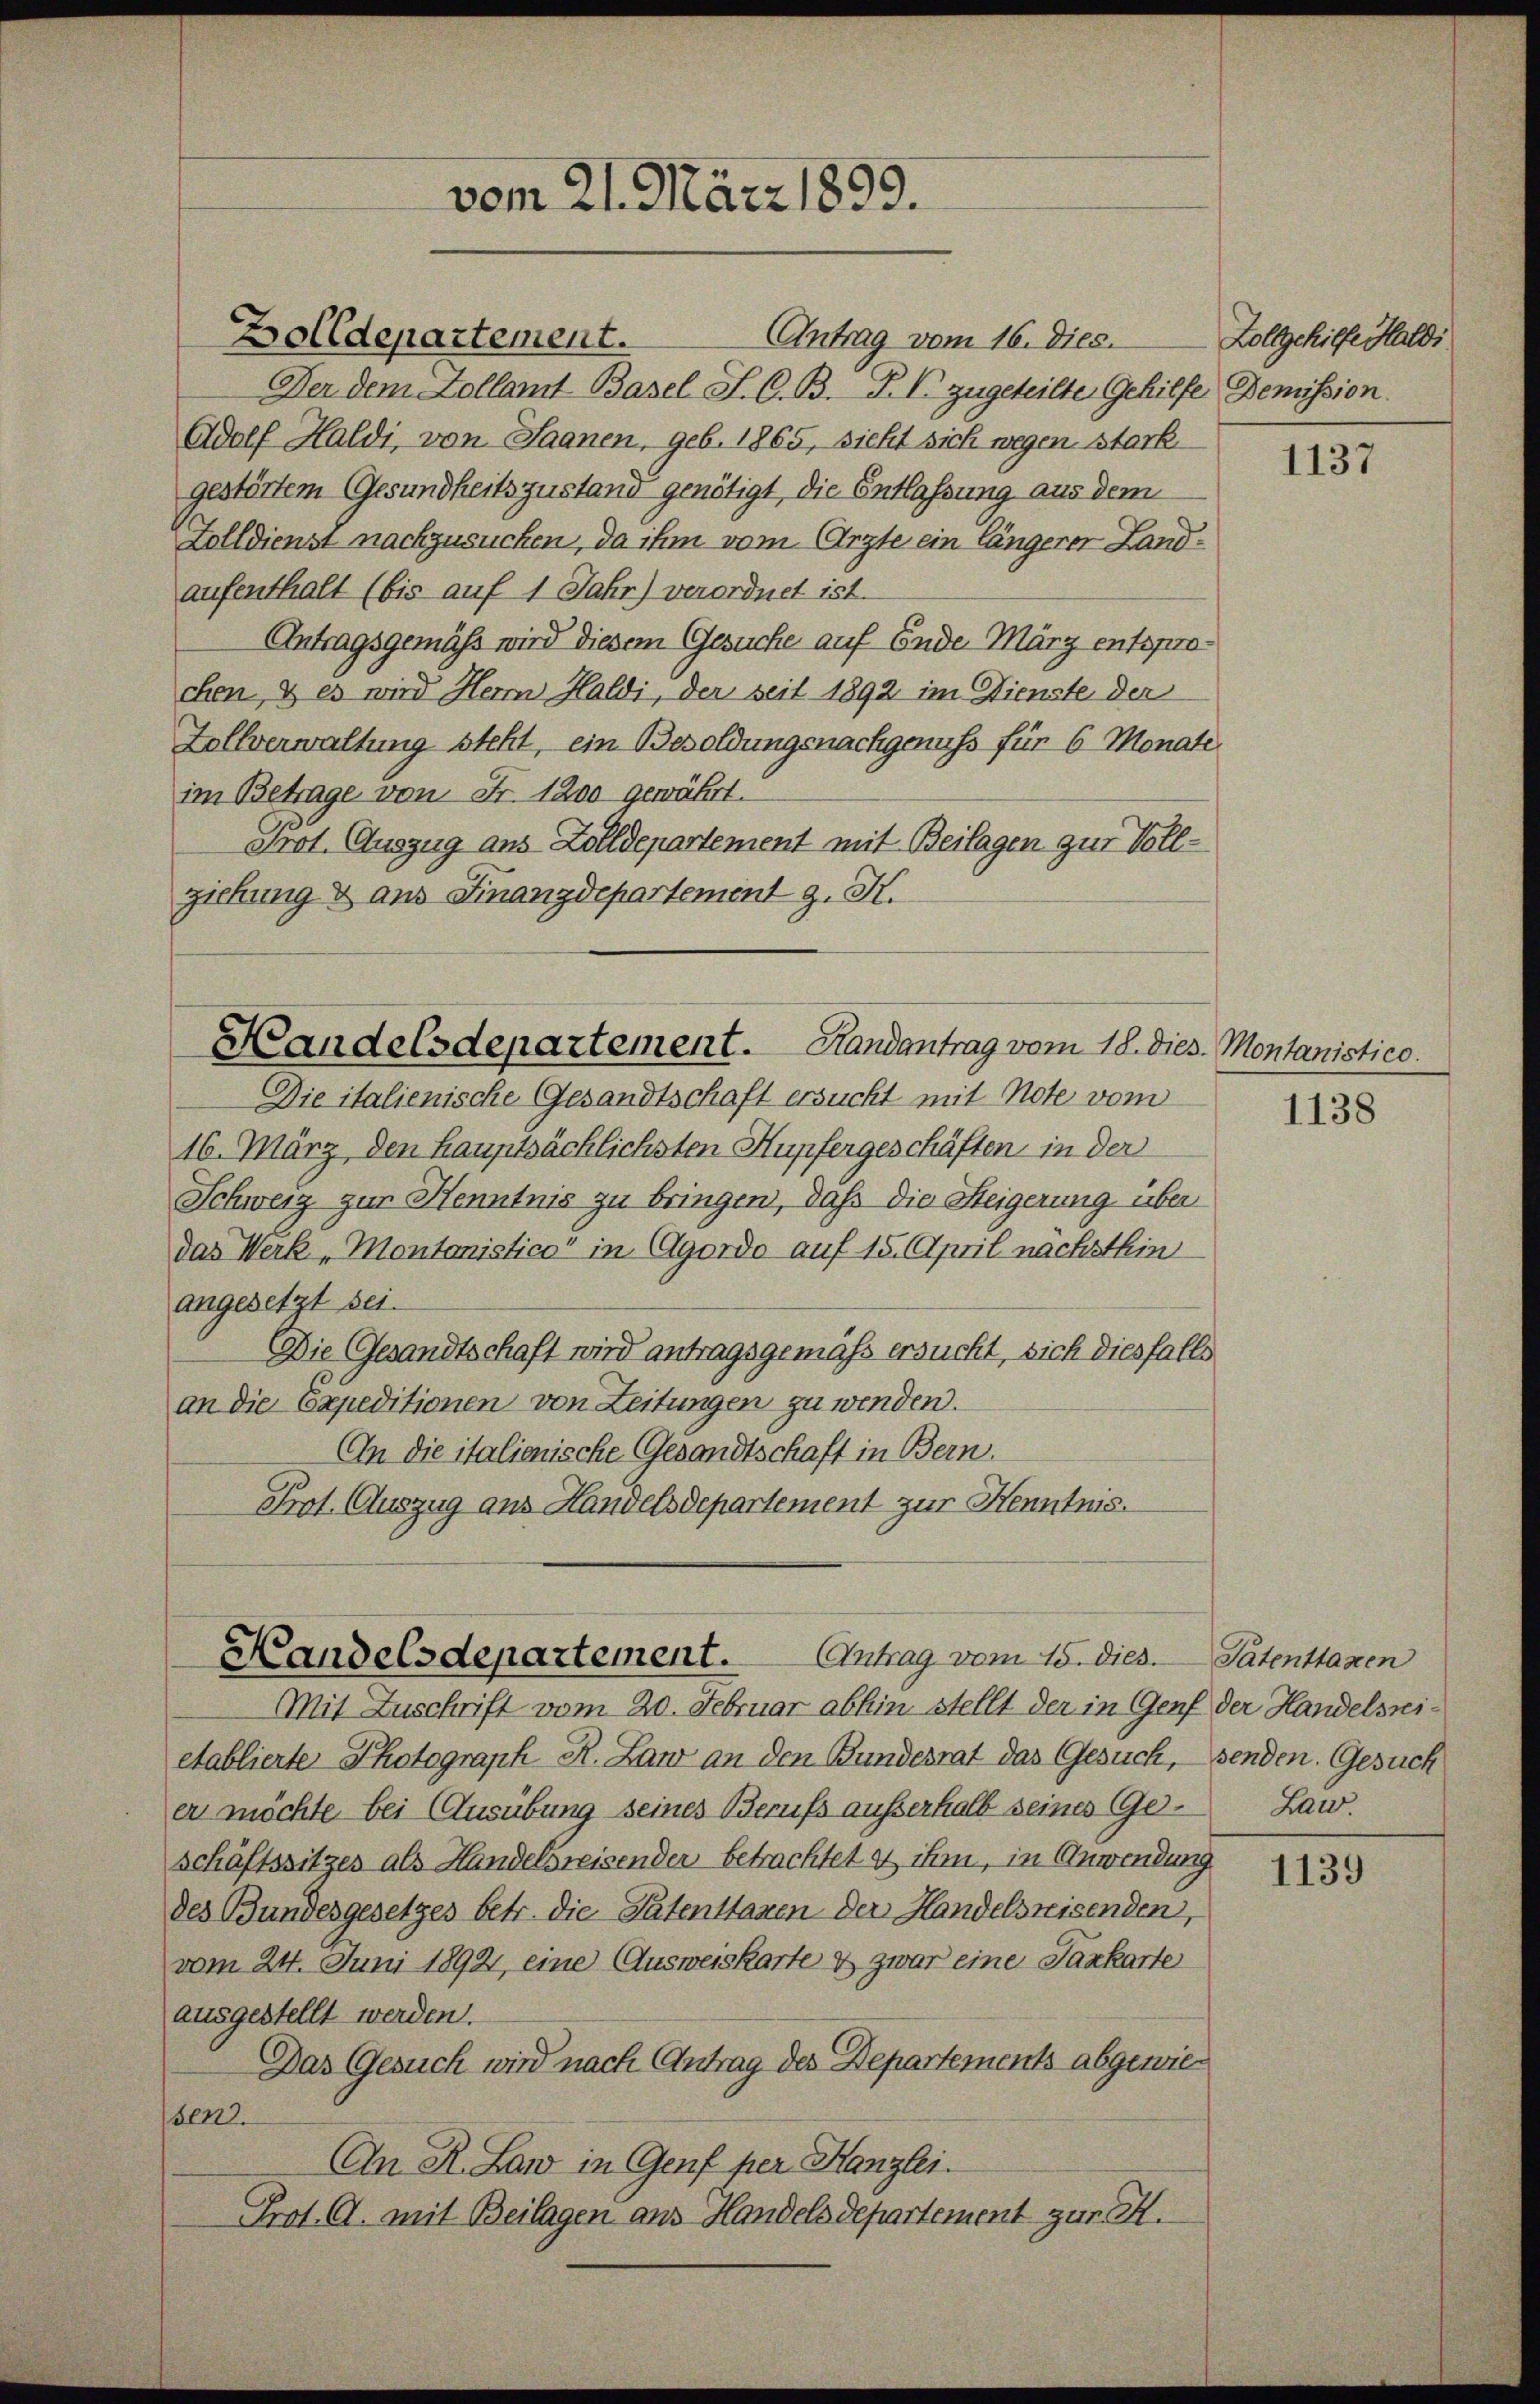
Antrag vom 16. dies.
Der dem Zollamt Basel S. O. B. P. V. zugeteilte Gehilfe Demission.
Adolf Haldi, von Saanen, geb. 1865, sieht sich wegen stark
gestörtem Gesundheitszustand genötigt, die Entlassung aus dem
Zolldienst nachzusuchen, da ihm vom Arzte ein längerer Landaufenthalt (bis auf 1 Jahr) verordnet ist.
Antragsgemäß wird diesem Gesuche auf Ende März entsprochen, & es wird Herrn Haldi, der seit 1892 im Dienste der
Zollverwaltung steht, ein Besoldungsnachgenuss für 6 Monate,
im Betrage von Fr. 1200 gewährt.
Prot. Auszug aus Zolldepartement mit Beilagen zur Vollziehung & aus Finanzdepartement z. K.

Zolldepartement.

vom 21. März 1899.

Handelsdepartement. Handantrag vom 18. dies Montaristico.

Die italienische Gesandtschaft ersucht mit Note vom
16. März, den Hauptsächlichsten Hupfergeschäften in der
Schweiz zur Henntnis zu bringen, daß die Steigerung über
das Werk „Montanistico in Agordo auf 15. April nachsthin
angesetzt sei.
Die Gesandtschaft wird antragsgemäß ersucht, sich diesfalls
an die Expeditionen von Zeitungen zu wenden.
An die italienische Gesandtschaft in Bern.
Prot. Auszug aus Handelsdepartement zur Kenntnis.

Handelsdepartement. Antrag vom 15. dies.

Zollgehilfe Haldi

Mit Zuschrift vom 20. Februar abhin stellt der in Genf der Handelsnietablierte Photograph R. Land an den Bundesrat das Gesuch, senden. Gesuch
er möchte bei Ausübung seines Berufs außerhalb seines Ges. Law.
schäftssitzes als Handelsreisender betrachtet & ihm, in Anwendung
des Bundesgesetzes betr. die Patenttaxen der Handelsreisenden,
vom 24. Juni 1892, eine Ausweiskarte & zwar eine Parkarte
ausgestellt werden.
Das Gesuch wird nach Antrag des Departements abgewiesen.
An R. Land in Genf per Kanzlei.
Prot. G. mit Beilagen aus Handelsdepartement zur K.

1137

1138

Patenthanen

1139